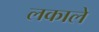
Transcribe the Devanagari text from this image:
लकाले